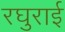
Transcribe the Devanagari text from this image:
रघुराई